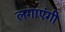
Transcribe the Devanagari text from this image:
लगाएंगी